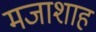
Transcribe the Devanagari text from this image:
मजाशाह